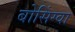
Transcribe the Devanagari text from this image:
बोसिंग्वा